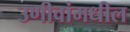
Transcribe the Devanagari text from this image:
उणीवांमधील